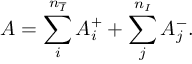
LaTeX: A = \sum _ { i } ^ { n _ { \overline { { { I } } } } } A _ { i } ^ { + } + \sum _ { j } ^ { n _ { I } } A _ { j } ^ { - } .